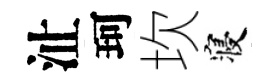
沚珂坎寝